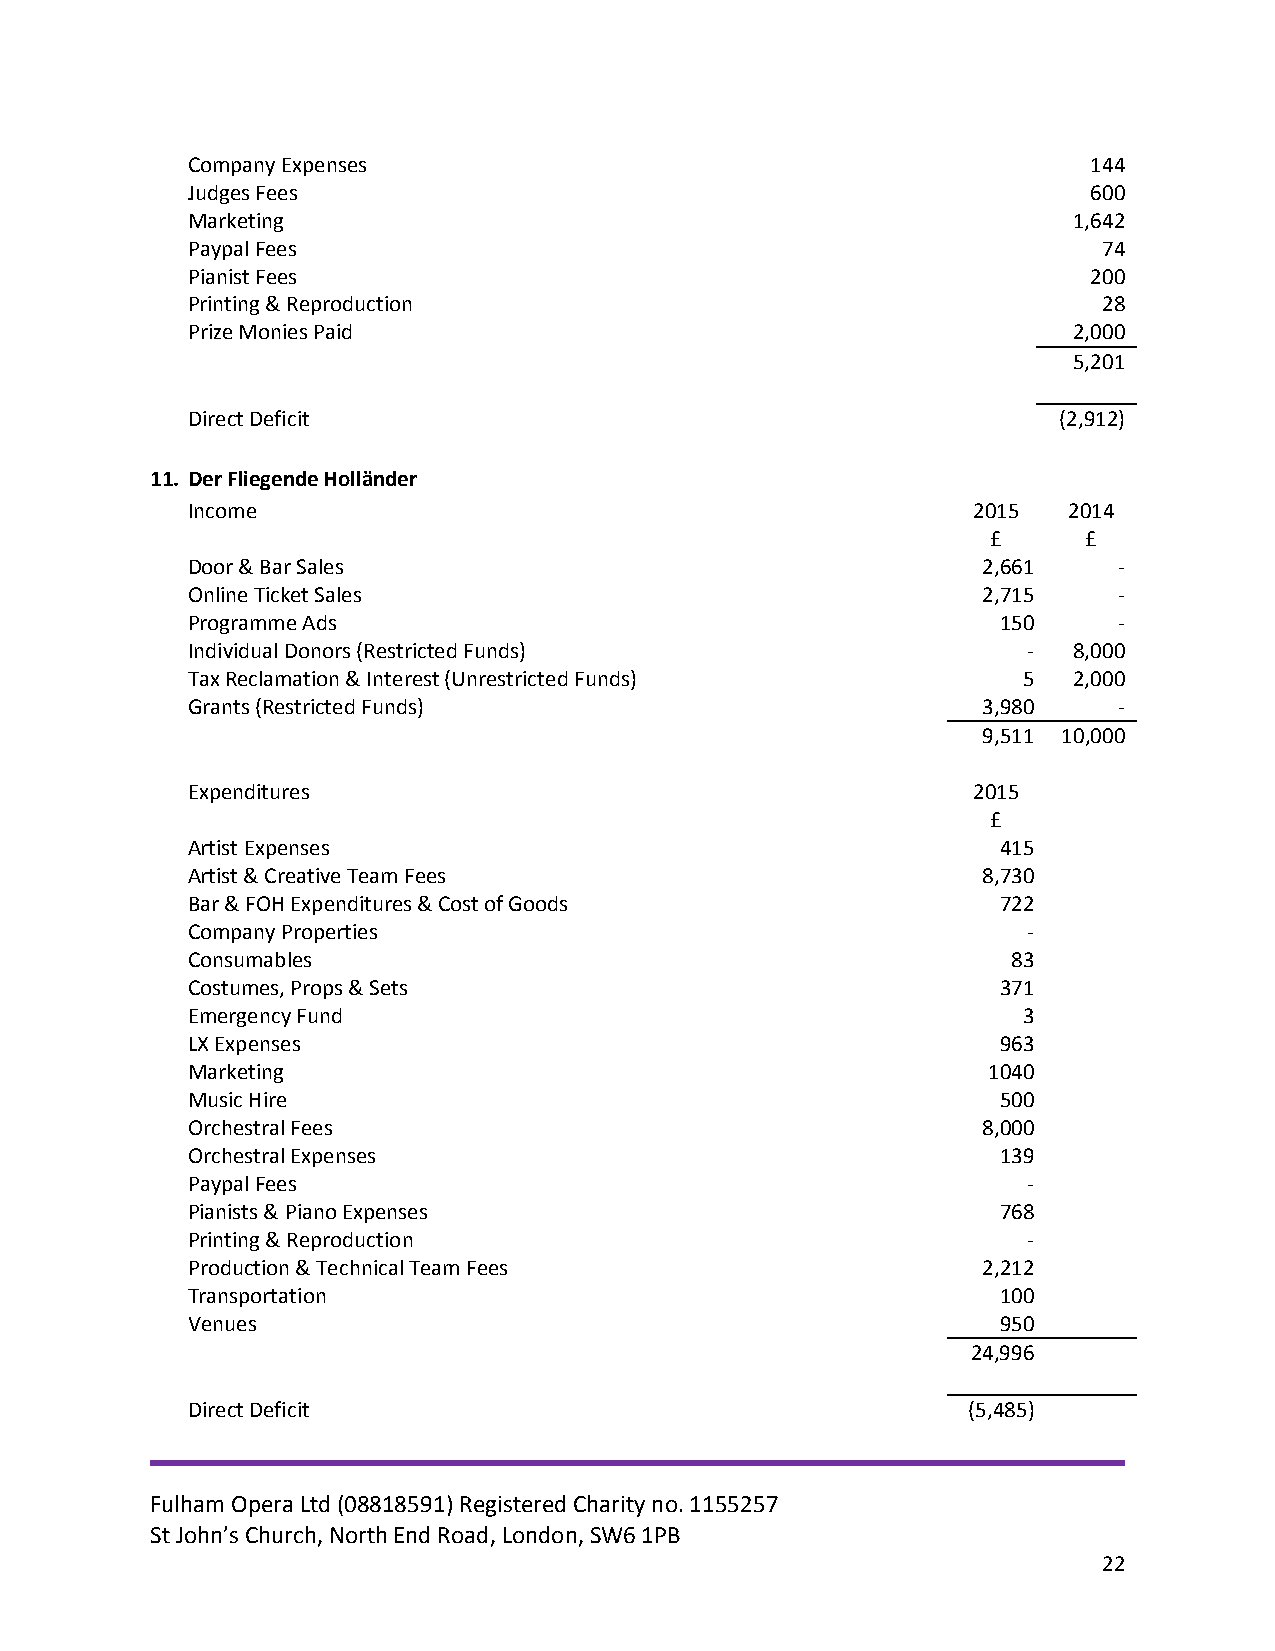
Company Expenses                                            144
 Judges Fees                                                 600
 Marketing                                                  1,642
 Paypal Fees                                                  74
 Pianist Fees                                                200
 Printing & Reproduction                                      28
 Prize Monies Paid                                          2,000
 5,201
 Direct Deficit                                            (2,912)
 11. Der Fliegende Holländer
 Income                                              2015   2014
 £     £
 Door & Bar Sales                                     2,661    -
 Online Ticket Sales                                  2,715    -
 Programme Ads                                         150     -
 Individual Donors (Restricted Funds)                    -  8,000
 Tax Reclamation & Interest (Unrestricted Funds)         5  2,000
 Grants (Restricted Funds)                            3,980    -
 9,511 10,000
 Expenditures                                        2015
 £
 Artist Expenses                                       415
 Artist & Creative Team Fees                          8,730
 Bar & FOH Expenditures & Cost of Goods                722
 Company Properties                                      -
 Consumables                                            83
 Costumes, Props & Sets                                371
 Emergency Fund                                          3
 LX Expenses                                           963
 Marketing                                            1040
 Music Hire                                            500
 Orchestral Fees                                      8,000
 Orchestral Expenses                                   139
 Paypal Fees                                             -
 Pianists & Piano Expenses                             768
 Printing & Reproduction                                 -
 Production & Technical Team Fees                     2,212
 Transportation                                        100
 Venues                                                950
 24,996
 Direct Deficit                                      (5,485)
 Fulham Opera Ltd (08818591) Registered Charity no. 1155257
 St John’s Church, North End Road, London, SW6 1PB
 22